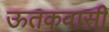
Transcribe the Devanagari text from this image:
ऊतकवासी